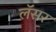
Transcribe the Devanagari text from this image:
लॅसर